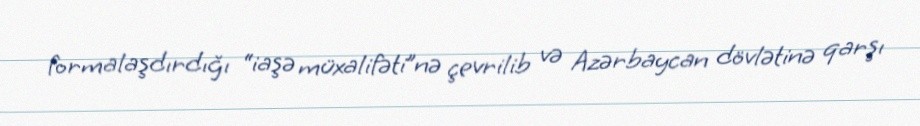
formalaşdırdığı “iaşə müxalifəti”nə çevrilib və Azərbaycan dövlətinə qarşı